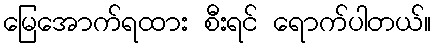
မြေအောက်ရထား စီးရင် ရောက်ပါတယ်။